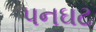
પનઘટ